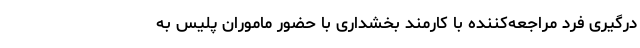
درگیری فرد مراجعه‌کننده با کارمند بخشداری با حضور ماموران پلیس به